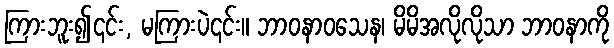
ကြားဘူး၍၎င်း, မကြားပဲ၎င်း။ ဘာဝနာဝသေန၊ မိမိအလိုလိုသာ ဘာဝနာကို